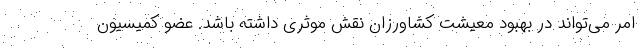
امر می‌تواند در بهبود معیشت کشاورزان نقش موثری داشته باشد. عضو کمیسیون